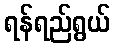
ရန်ရည်ရွယ်